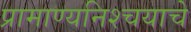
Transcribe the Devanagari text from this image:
प्रामाण्यनिश्चयाचे